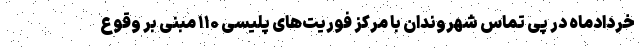
خردادماه در پی تماس شهروندان با مرکز فوریت‌های پلیسی ۱۱۰ مبنی بر وقوع